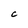
Character: C